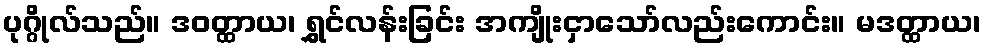
ပုဂ္ဂိုလ်သည်။ ဒဝတ္ထာယ၊ ရွှင်လန်းခြင်း အကျိုးငှာသော်လည်းကောင်း။ မဒတ္ထာယ၊